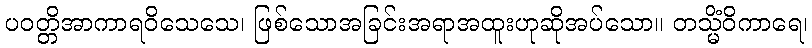
ပဝတ္တိအာကာရဝိသေသေ၊ ဖြစ်သောအခြင်းအရာအထူးဟုဆိုအပ်သော။ တသ္မိံဝိကာရေ၊